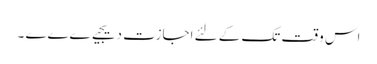
اس وقت تک کے لئے اجازت دیجیےےےے ۔